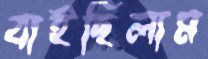
বাইছিলাম